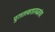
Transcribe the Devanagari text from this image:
पुरातत्त्वशास्त्रज्ञांचा